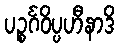
ပဉ္စင်္ဂဝိပ္ပဟီနာဒိ